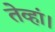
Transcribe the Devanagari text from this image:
तेव्हां।